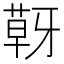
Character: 𮐍